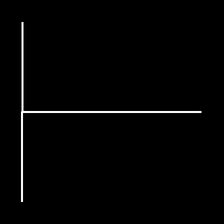
Glyph: column